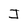
Character: I